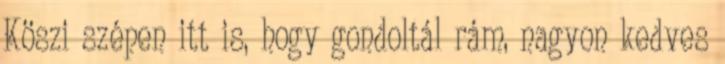
Köszi szépen itt is, hogy gondoltál rám, nagyon kedves